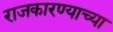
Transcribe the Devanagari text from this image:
राजकारण्याच्या